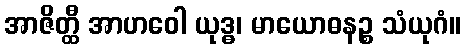
အာဇိတ္ထီ အာဟဝေါ ယုဒ္ဓ၊ မာယောဓနဉ္စ သံယုဂံ။